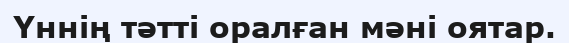
Үннің тәтті оралған мәні оятар.